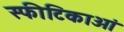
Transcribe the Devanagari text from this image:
स्फीटिकाओं